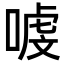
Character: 㗔